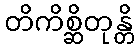
တိကိစ္ဆိတုန္တိ